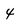
Character: 4